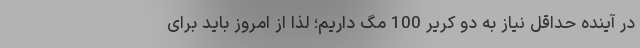
در آینده حداقل نیاز به دو کریر 100 مگ داریم؛ لذا از امروز باید برای